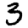
Digit: 3